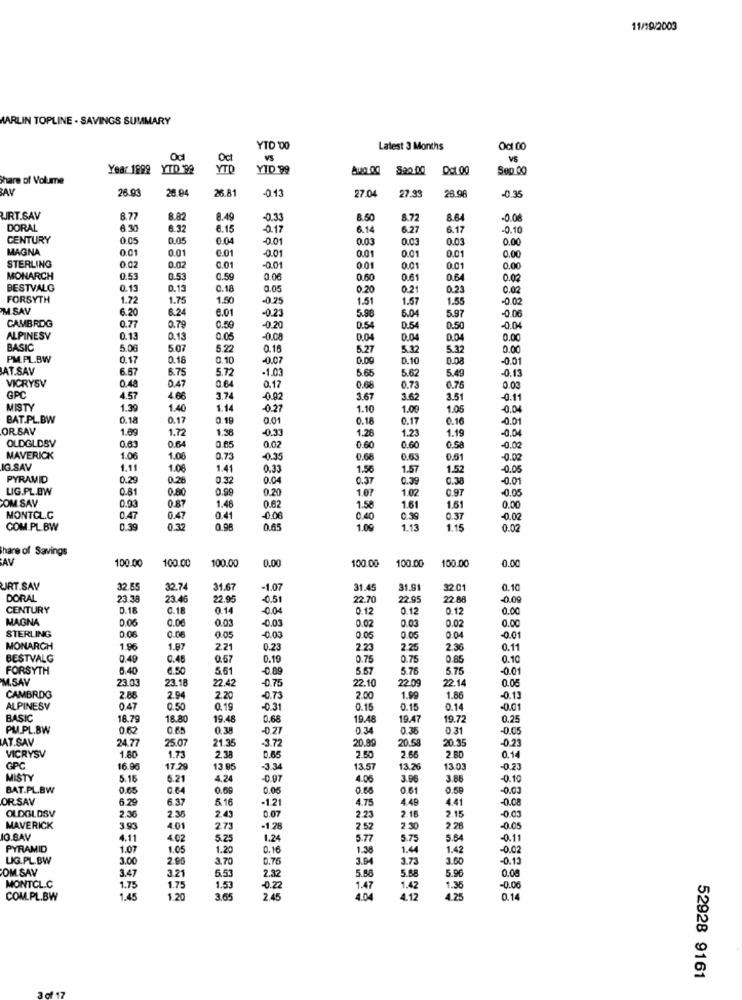
11/19/2003
MARLIN TOPLINE . SAVINGS SUMMARY
YTD 00
Latest 3 Months
Oct 00
Od
Od
VS
VS
Year 1899 YTD 98
YTD
YID 99
Dot 00
Sep 00
Share of Volume
BAY
28.93
26.81
-0.13
27.04
27.33
26 Q
-0.35
RT.SAV
8.77
8.82
8.49
-0.33
6.50
8.72
8.64
-0.08
DORAL
6.30
6.32
6.15
-0.17
6.14
6.27
6.17
-0.10
CENTURY
0.05
0.05
0.04
-0.01
0.03
0.03
0.03
0.00
MAGNA
0.01
0.01
0.01
-0.01
001
0.01
0.01
0.00
STERLING
0.02
0.02
0.01
-0.01
0.01
0.01
0.00
MONARCH
0.53
0.53
0.59
0.06
0.60
0.61
0.64
0.02
BESTVALG
0.13
0.13
0.18
0.05
0.20
021
0.23
0.02
FORSYTH
1.72
1.75
1.50
-0.25
1.51
1.57
1.55
-0.02
M SAV
6.20
6.24
6.01
5.98
6.04
-0.23
5.97
-0.06
CAMBRIDG
0.77
0.79
0.50
-0.20
0.54
0.54
0.50
-0.04
ALPINESV
0.13
0.13
0.05
-0.08
0.04
0.04
0.04
0.00
BASIC
5.06
5.07
5.22
0.16
5.27
5.32
5.32
0.00
PM.PL.BW
0.17
0.18
0.10
-0.07
0.09
D.10
0.08
-0.01
AT.SAV
6.67
6.75
5.72
-1.03
5.65
5.62
5.49
-0.13
VICRYSV
0.48
0.47
0.64
0.17
0.68
0.73
0.76
0.00
GPC
4.57
4.66
3.74
-0.92
3.67
3.62
3.51
0.11
MISTY
1.39
1.40
1.14
-0.27
1.10
1.00
1.05
-0.04
BAT.PL.BW
0.18
0.17
0.19
0.01
0.18
0.17
0.16
-0.01
OR SAV
1.69
1.72
1.38
-0.33
1.26
1.23
1.19
OLDGLDSV
0.63
0.64
0.65
0.02
0.60
0.60
0.58
-0.02
MAVERICK
1.06
1.00
0.73
-0.25
0.68
0.63
0.51
-0.02
IG.SAV
1.11
1.00
1.4
0.33
1.56
1.57
1.52
-0.05
PYRAMID
0.29
0.28
0.32
0.04
0.37
0.39
0.38
-0.01
LIG.PL.BW
0.81
0.80
0.99
0.20
1.07
1.02
0.97
-0.05
COM SAV
0.62
1.51
0.93
0.87
1.48
1.58
1.61
0.00
MONTCL.C
0.47
0.47
0.41
-0.06
0.40
0.39
0.37
-0.02
COM.PL.BW
0.39
0.32
0.96
0.65
1.09
1.13
1.15
0.02
Share of Savings
AV
100.00
100.00
0.00
100.00
100.00
0.00
100.00
100.00
URT.SAV
32.55
32.74
31.67
-1.07
31.45
31.9
32.01
0.10
DORAL
23.38
23.46
22.95
-0.51
22.70
22.95
22.88
-0.09
CENTURY
0.18
0.18
0.14
-0.04
0.12
0.12
0.12
0.00
MAGNA
0.06
0.06
0.03
0.02
0.03
0.02
-0.03
0.00
STERLING
0.06
0.06
0.05
-0.03
0.05
0.05
0.04
-0.01
MONARCH
1.96
1.97
2.21
0.23
2.23
2.25
2.36
0.11
BESTVALG
0.49
0.45
0.57
0.10
0.75
0.75
0.85
0.10
FORSYTH
5.40
6.50
5.61
0.89
5.57
5.76
5.75
-0.01
M.SAV
23.03
23.18
22.42
-0.75
22.10
22.09
22.14
0.05
CAMBRDG
2.88
2.94
2.20
-0.73
2.00
1.99
1.86
-0.13
ALPINESV
0.47
0.50
0.19
-0.31
0.15
0.15
0.14
-0.01
BASIC
18.79
18.80
19.48
0.68
19.48
19.47
19.72
0.25
PM.PL.BW
0.62
0.65
0.38
-0.27
0.34
0.35
0.31
-0.05
AT.SAV
24.77
25.07
21.35
-3.72
20.89
20.58
20.35
-0.23
1.80
VICRYSV
1.73
2.38
0.55
2.50
2.66
2.80
0.14
GPC
16.90
17.29
13.95
-3.34
13.57
13.26
13.03
-0.23
MISTY
5.16
5.21
4,24
-0.97
4.06
3.96
3.88
-0.10
BAT.PL.BW
0.65
0.64
0.66
0.05
0.61
0.59
-0.00
OR.SAV
6.29
6.37
5.16
4.75
4.49
4.41
-0.08
-1.21
-0.03
OLDGLDSV
2.36
2.35
2.43
0.07
2.23
2.18
2.15
MAVERICK
3.93
4.01
2.73
-1.28
2.52
2 30
2.28
-0.05
IG.BAY
4.11
4.02
5.25
1.24
5.77
5.75
5.64
-0.11
PYRAMID
1.07
1.05
1.20
0.16
1.38
1.44
1.42
-0.02
LIG.PL.BW
3.00
2.90
3.7
0.75
3.94
3.73
3.60
-0.13
OM SAV
5.53
2.32
5.68
5.68
5.96
0.08
3.47
3.21
MONTCL.C
1.75
1.75
1.53
-0.22
1.4
1.42
1.35
-0.06
COM.PL.BW
1.45
1.20
3.65
2.45
4.12
4.25
0.14
52928 9161